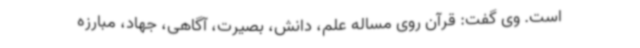
است. وی گفت: قرآن روی مساله علم، دانش، بصیرت، آگاهی، جهاد، مبارزه